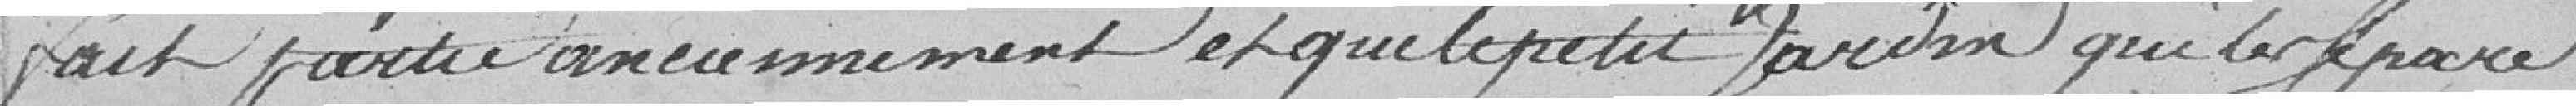
fait partie anciennement et que le petit jardin qui le .....